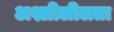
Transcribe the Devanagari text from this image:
अश्लीलीलता